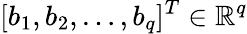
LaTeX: [b_{1},b_{2},\ldots,b_{q}]^{T}\in\mathbb{R}^{q}